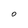
Character: O